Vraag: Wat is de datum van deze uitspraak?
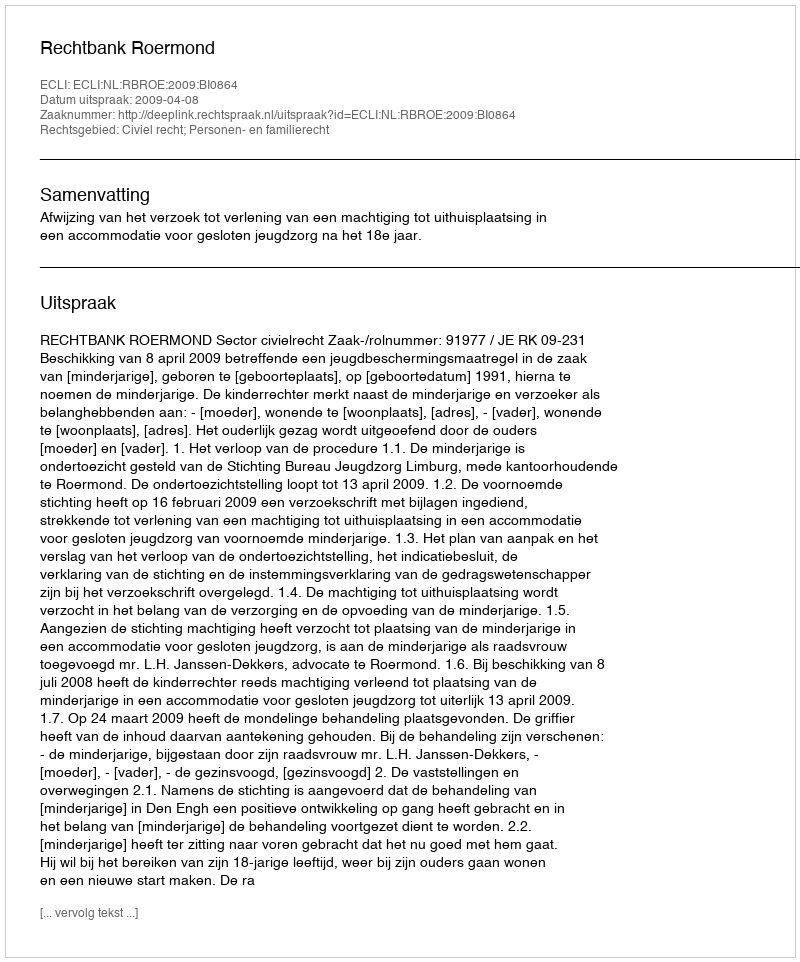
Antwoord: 2009-04-08